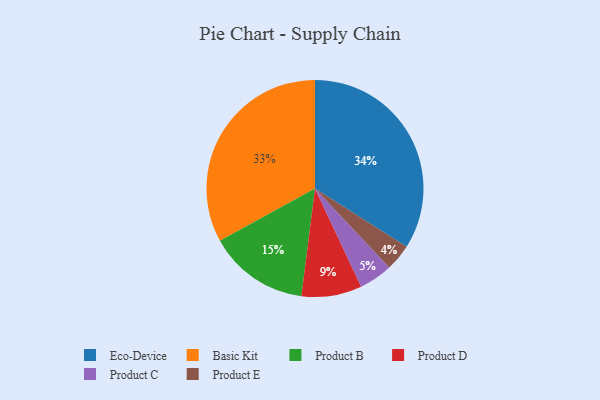
{"axis": {"x": "Category", "y": "Percentage"}, "legend": ["Basic Kit", "Eco-Device", "Product B", "Product C", "Product D", "Product E"], "data": [{"x": "Product D", "y": 9, "type": "Product D"}, {"x": "Eco-Device", "y": 34, "type": "Eco-Device"}, {"x": "Product E", "y": 4, "type": "Product E"}, {"x": "Product B", "y": 15, "type": "Product B"}, {"x": "Product C", "y": 5, "type": "Product C"}, {"x": "Basic Kit", "y": 33, "type": "Basic Kit"}]}